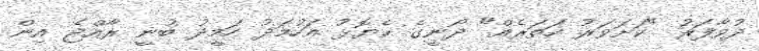
ދުވާފަރު "ކަށަވަރު ހަތަރެއް" ދޯނީގެ ކެޔޮޅު އަހުމަދު ހަމީދު ބުނީ ރާއްޖެ އިން